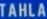
TAHLA